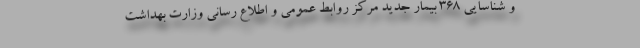
و شناسایی ۳۶۸ بیمار جدید مرکز روابط عمومی و اطلاع رسانی وزارت بهداشت